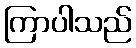
ကြာပါသည်